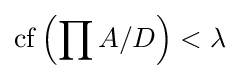
\operatorname {cf} \left(\prod A/D\right)<\lambda